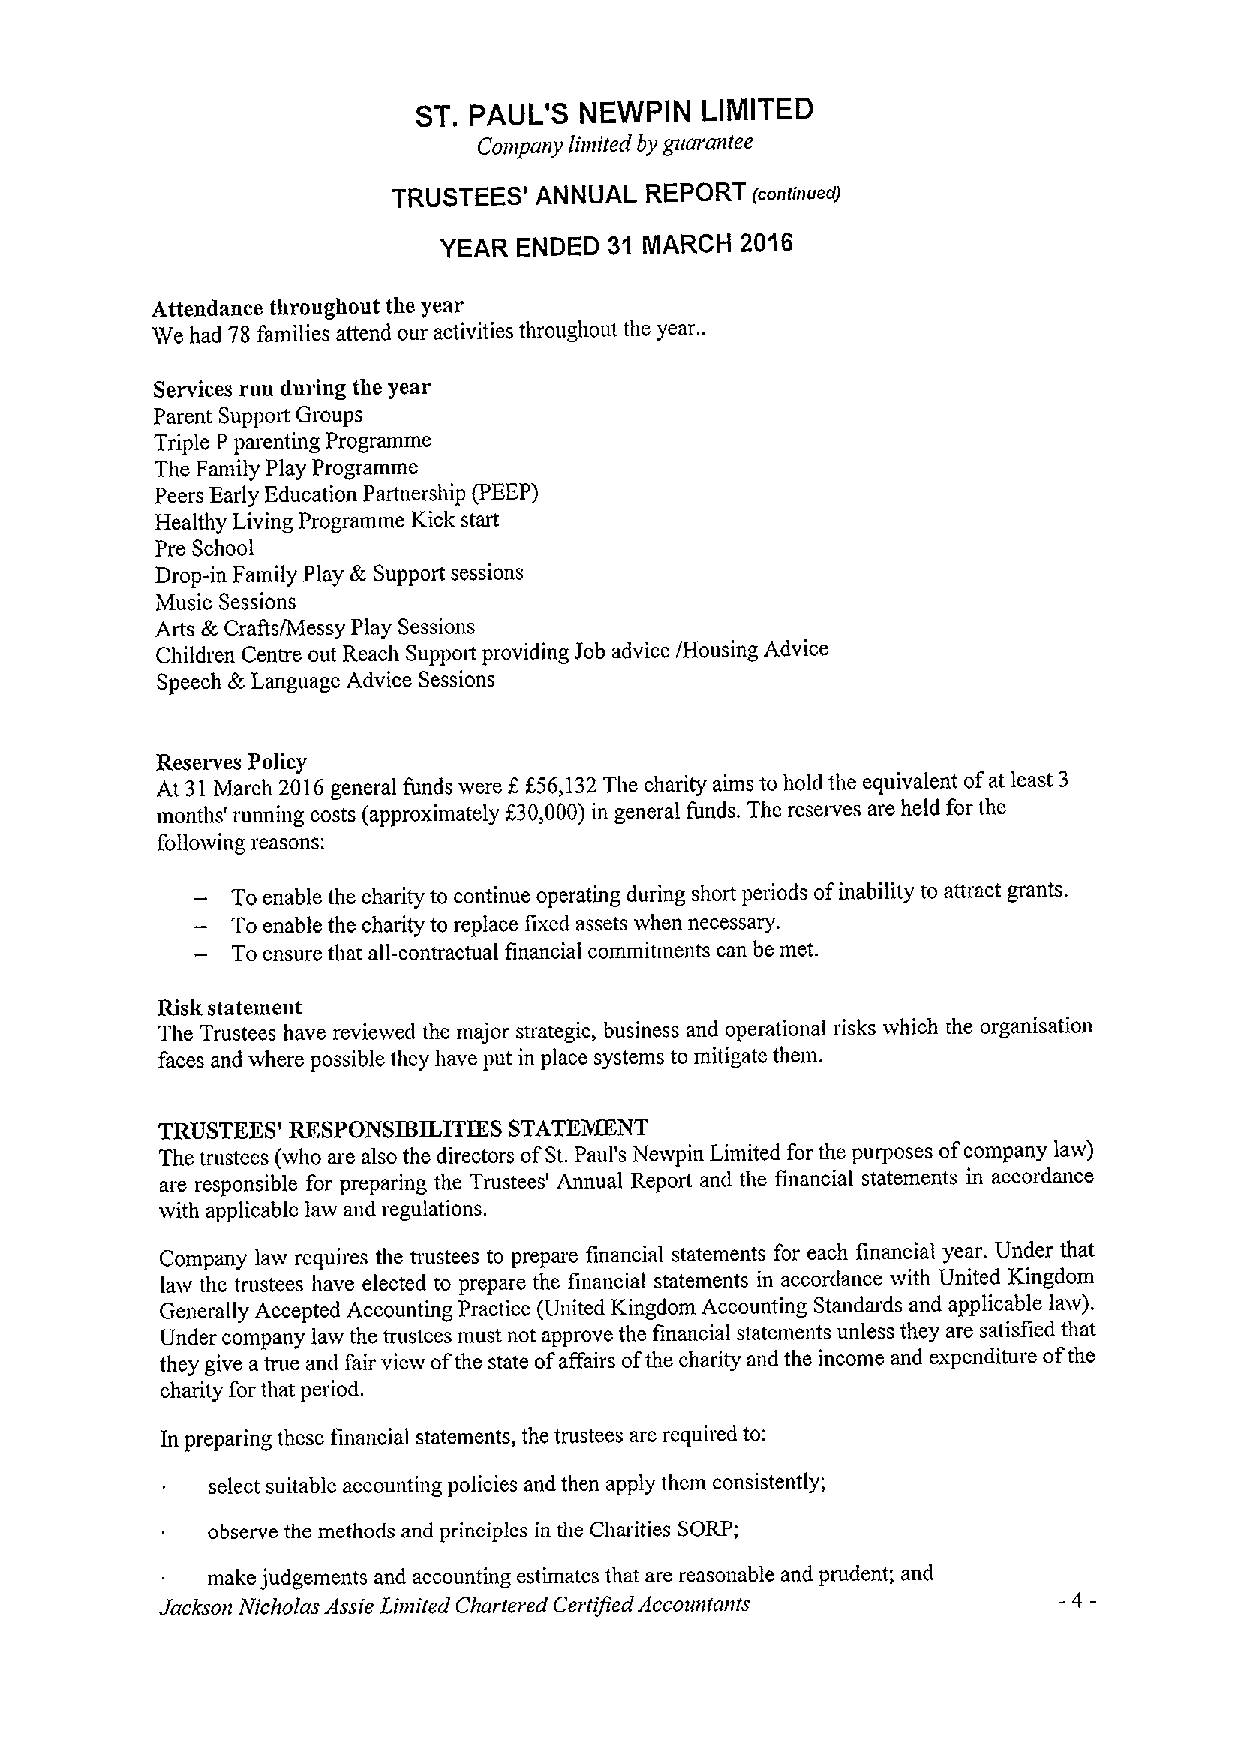
ST. PAUL'S NEWPIN LIMITED
 Company limited by guarantee
 TRUSTEES' ANNUAL REPORT tconlinoedl
 YEAR ENDED 31 MARCH 2016
 Attendance throughout the year
 We had 78families attend our activities throughout the year..
 Services run during the year
 Parent Support Groups
 Triple P parenting Programme
 The Family Play Programme
 Peers Early Education Partnership (PEEP)
 Healthy Living Programme Kick start
 Pre School
 Drop-in Family Play &Support sessions
 Music Sessions
 Arts &Crafts/Messy Play Sessions
 Children Centre out Reach Support providing Job advice /Housing Advice
 Speech &Language Advice Sessions
 Reserves Policy
 At 31March 2016general funds were f,f 56,132The charity aims to hold the equivalent ofat least 3
 months' running costs (approximately f30,000) in general funds. The reserves are held for the
 follosving reasons:
 Toenable the charity to continue operating during short periods ofinability to attract grants.
 To enable the charity to replace fixed assets when necessary.
 To ensure that all-contractual financial commitments can be met.
 Risk statement
 The Trustees have reviewed the major strategic, business and operational risks which the organisation
 faces and where possible they have put in place systems to mitigate them.
 TRUSTEES' RESPONSIBILITIES STATEMENT
 The trustees (who are also the directors ofSt.Paul's Nesvpin Limited for the purposes ofcompany law)
 are responsible for preparing the Trustees' Annual Report and the financial statements in accordance
 with applicable law and regulations.
 Company law requires the trustees to prepare financial statements for each financial year. Under that
 law the trustees have elected to prepare the financial statements in accordance with United Kingdom
 Generally Accepted Accounting Practice (United Kingdom Accounting Standards and applicable law).
 Under company law the trustees must not approve the financial statements unless they are satisfied that
 they give atrue and fair view ofthe state ofaffairs ofthe charity and the income and expenditure ofthe
 charity for that period.
 In preparing these financial statements, the trustees are required to:
 select suitable accounting policies and then apply them consistently;
 observe the methods and principles in the Charities SORP;
 make judgements and accountmg estimates that are reasonable and prudent; and
 Jackson Nicholas Assie Limited Chartered Certified Accotmtants